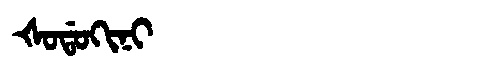
Manchu: ᡧᠣᡩᠣᡴᡳᠨᡳ
Romanization: ŠODOKINI